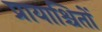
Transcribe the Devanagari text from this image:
प्रायाश्चितों